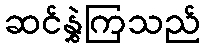
ဆင်နွှဲကြသည်